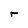
Character: r